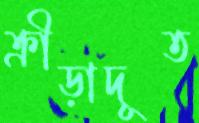
ক্রীড়াদূত